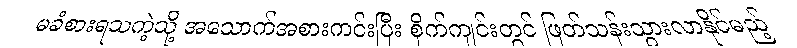
မခံစားရသကဲ့သို့ အသောက်အစားကင်းပြီး စိုက်ကျင်းတွင် ဖြတ်သန်းသွားလာနိုင်မည့်